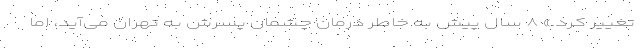
تغییر کرد.» ۸ سال پیش به خاطر درمان چشمان پسرش به تهران می‌آید، اما